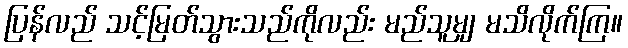
ပြန်လည် သင့်မြတ်သွားသည်ကိုလည်း မည်သူမျှ မသိလိုက်ကြ။